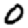
Digit: 0